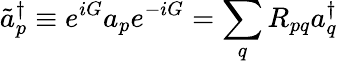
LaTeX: \tilde{a}_{p}^{\dagger}\equiv e^{iG}a_{p}e^{-iG}=\sum_{q}R_{pq}a_{q}^{\dagger}